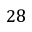
2 8